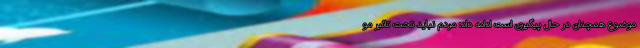
موضوع همچنان در حال پیگیری است ادامه داد: مردم نباید تحت تاثیر مو